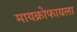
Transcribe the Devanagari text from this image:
मायक्रोफायला